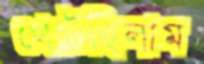
খেটেছিলাম